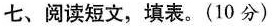
七、阅读短文,填表。(10 分)